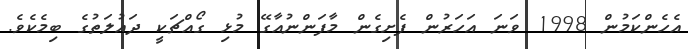
އެހެންކަމުން 1998 ވަނަ އަހަރުން ފެށިގެން މާފަންނުއާގޭ މުޅި ގޯއްޗަކީ ދައުލަތުގެ ބިމެކެވެ.